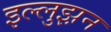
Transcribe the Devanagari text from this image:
इल्लुझ़न